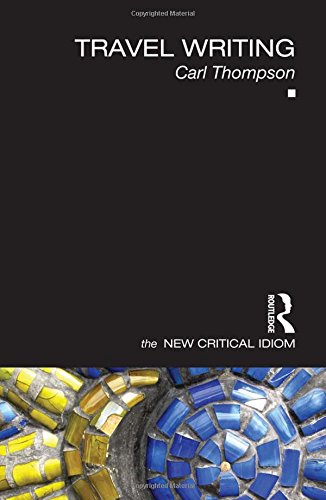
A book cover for Travel Writing (The New Critical Idiom); Carl Thompson; Literature & Fiction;